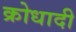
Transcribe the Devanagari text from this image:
क्रोधादी